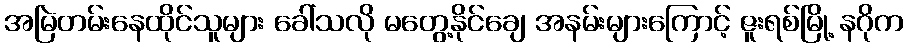
အမြဲတမ်းနေထိုင်သူများ ခေါ်သလို မတွေ့နိုင်ချေ အနမ်းများကြောင့် ဇူးရစ်မြို့ နဂိုက